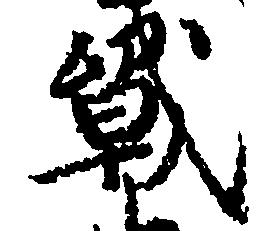
戦